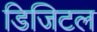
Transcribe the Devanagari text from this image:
डिजिटल